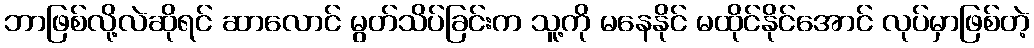
ဘာဖြစ်လို့လဲဆိုရင် ဆာလောင် မွတ်သိပ်ခြင်းက သူ့ကို မနေနိုင် မထိုင်နိုင်အောင် လုပ်မှာဖြစ်တဲ့